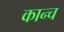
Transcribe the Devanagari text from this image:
कान्च